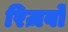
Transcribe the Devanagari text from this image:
रिज़र्वों